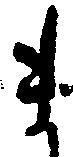
ま